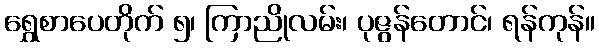
ရွှေစာပေတိုက် ၅၊ ကြာညိုလမ်း၊ ပုဇွန်တောင်၊ ရန်ကုန်။